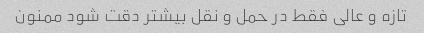
تازه و عالی فقط در حمل و نقل بیشتر دقت شود ممنون